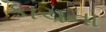
કાચના